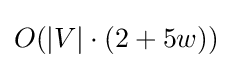
O(|V|\cdot (2+5w))